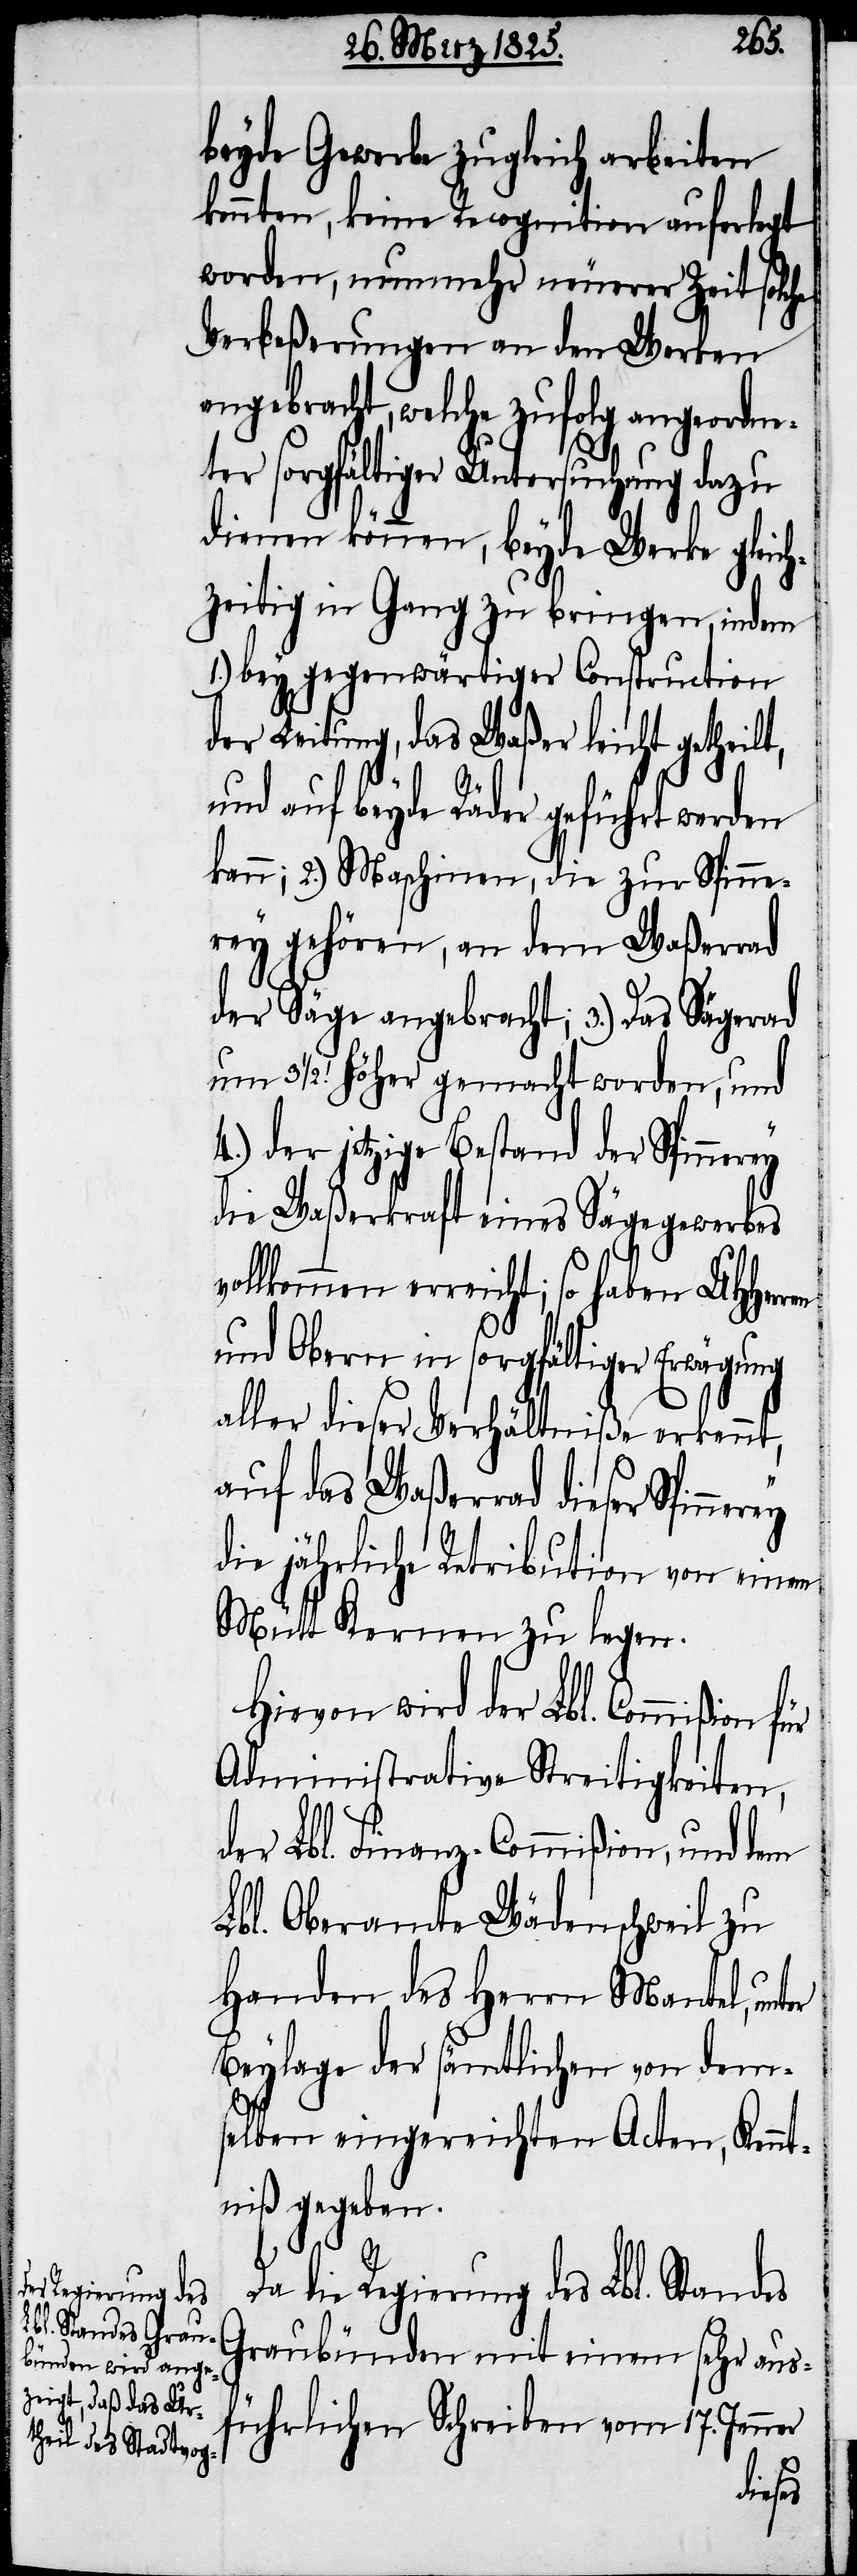
e Regierung des

vol¬
beyde Gewerbe zugleich arbeiten
konnten, keine Recognition auferlegt
worden, nunmehr neuerer Zeit solche
Verbeßerungen an den Werken
ebracht, welche zufolg angeor¬
ter sorgfältiger Untersuchung dazu
dienen können, beyde Werke gleich¬
zeitig in Gang zu bringen, indem
1.) bey gegenwärtiger Construction
der Leitung, das Waßer leicht getheilt,
und auf beyde Räder geführt werden
kann; 2.) Maschinen, die zur Spinne¬
rey gehören, an dem Waßerrad
der Säge angebracht; 3.) Das Sägerad
[Fuss] höher gemacht worden, und
der jetzige Bestand der Spin¬
die Waßerkraft eines Sägegewerbes
lkommen erreicht; so haben UHHerr¬
und Obern in sorgfältiger Erwägung
aller dieser Verhältniße erkennt,
auf das Waßerrad dieser
die jährliche Retribution von einem
Mütt Kernen zu legen.
Hievon wird der Lbl. Commißion
Administrative Streitigkeiten,
der Lbl. Finanz-Commißion, und dem
Lbl. Oberamte Wädenschweil zu
Handen des Herrn Mantel, unter
Beylage der sämtlichen von dem¬
selben eingereichten Acten, Kennt¬
niß gegeben.
Graubünden mit einem sehr aus¬
führlichen Schreiben vom 17. Jenner
di¬